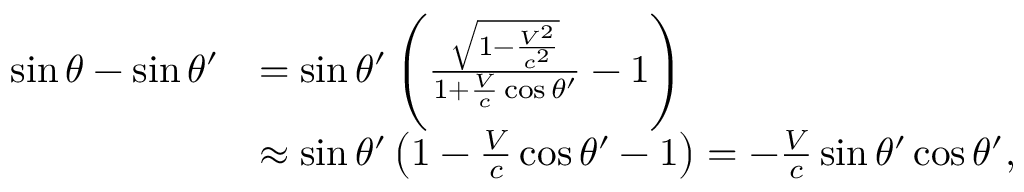
{ \begin{array} { r l } { \sin \theta - \sin \theta ^ { \prime } } & { = \sin \theta ^ { \prime } \left( { \frac { \sqrt { 1 - { \frac { V ^ { 2 } } { c ^ { 2 } } } } } { 1 + { \frac { V } { c } } \cos \theta ^ { \prime } } } - 1 \right) } \\ & { \approx \sin \theta ^ { \prime } \left( 1 - { \frac { V } { c } } \cos \theta ^ { \prime } - 1 \right) = - { \frac { V } { c } } \sin \theta ^ { \prime } \cos \theta ^ { \prime } , } \end{array} }